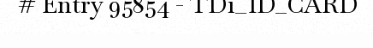
# Entry 95854 - TD1_ID_CARD